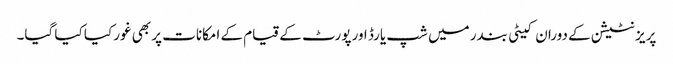
پریزنٹیشن کے دوران کیٹی بندر میں شپ یارڈ اور پورٹ کے قیام کے امکانات پر بھی غور کیا کیا گیا۔